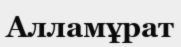
Алламұрат